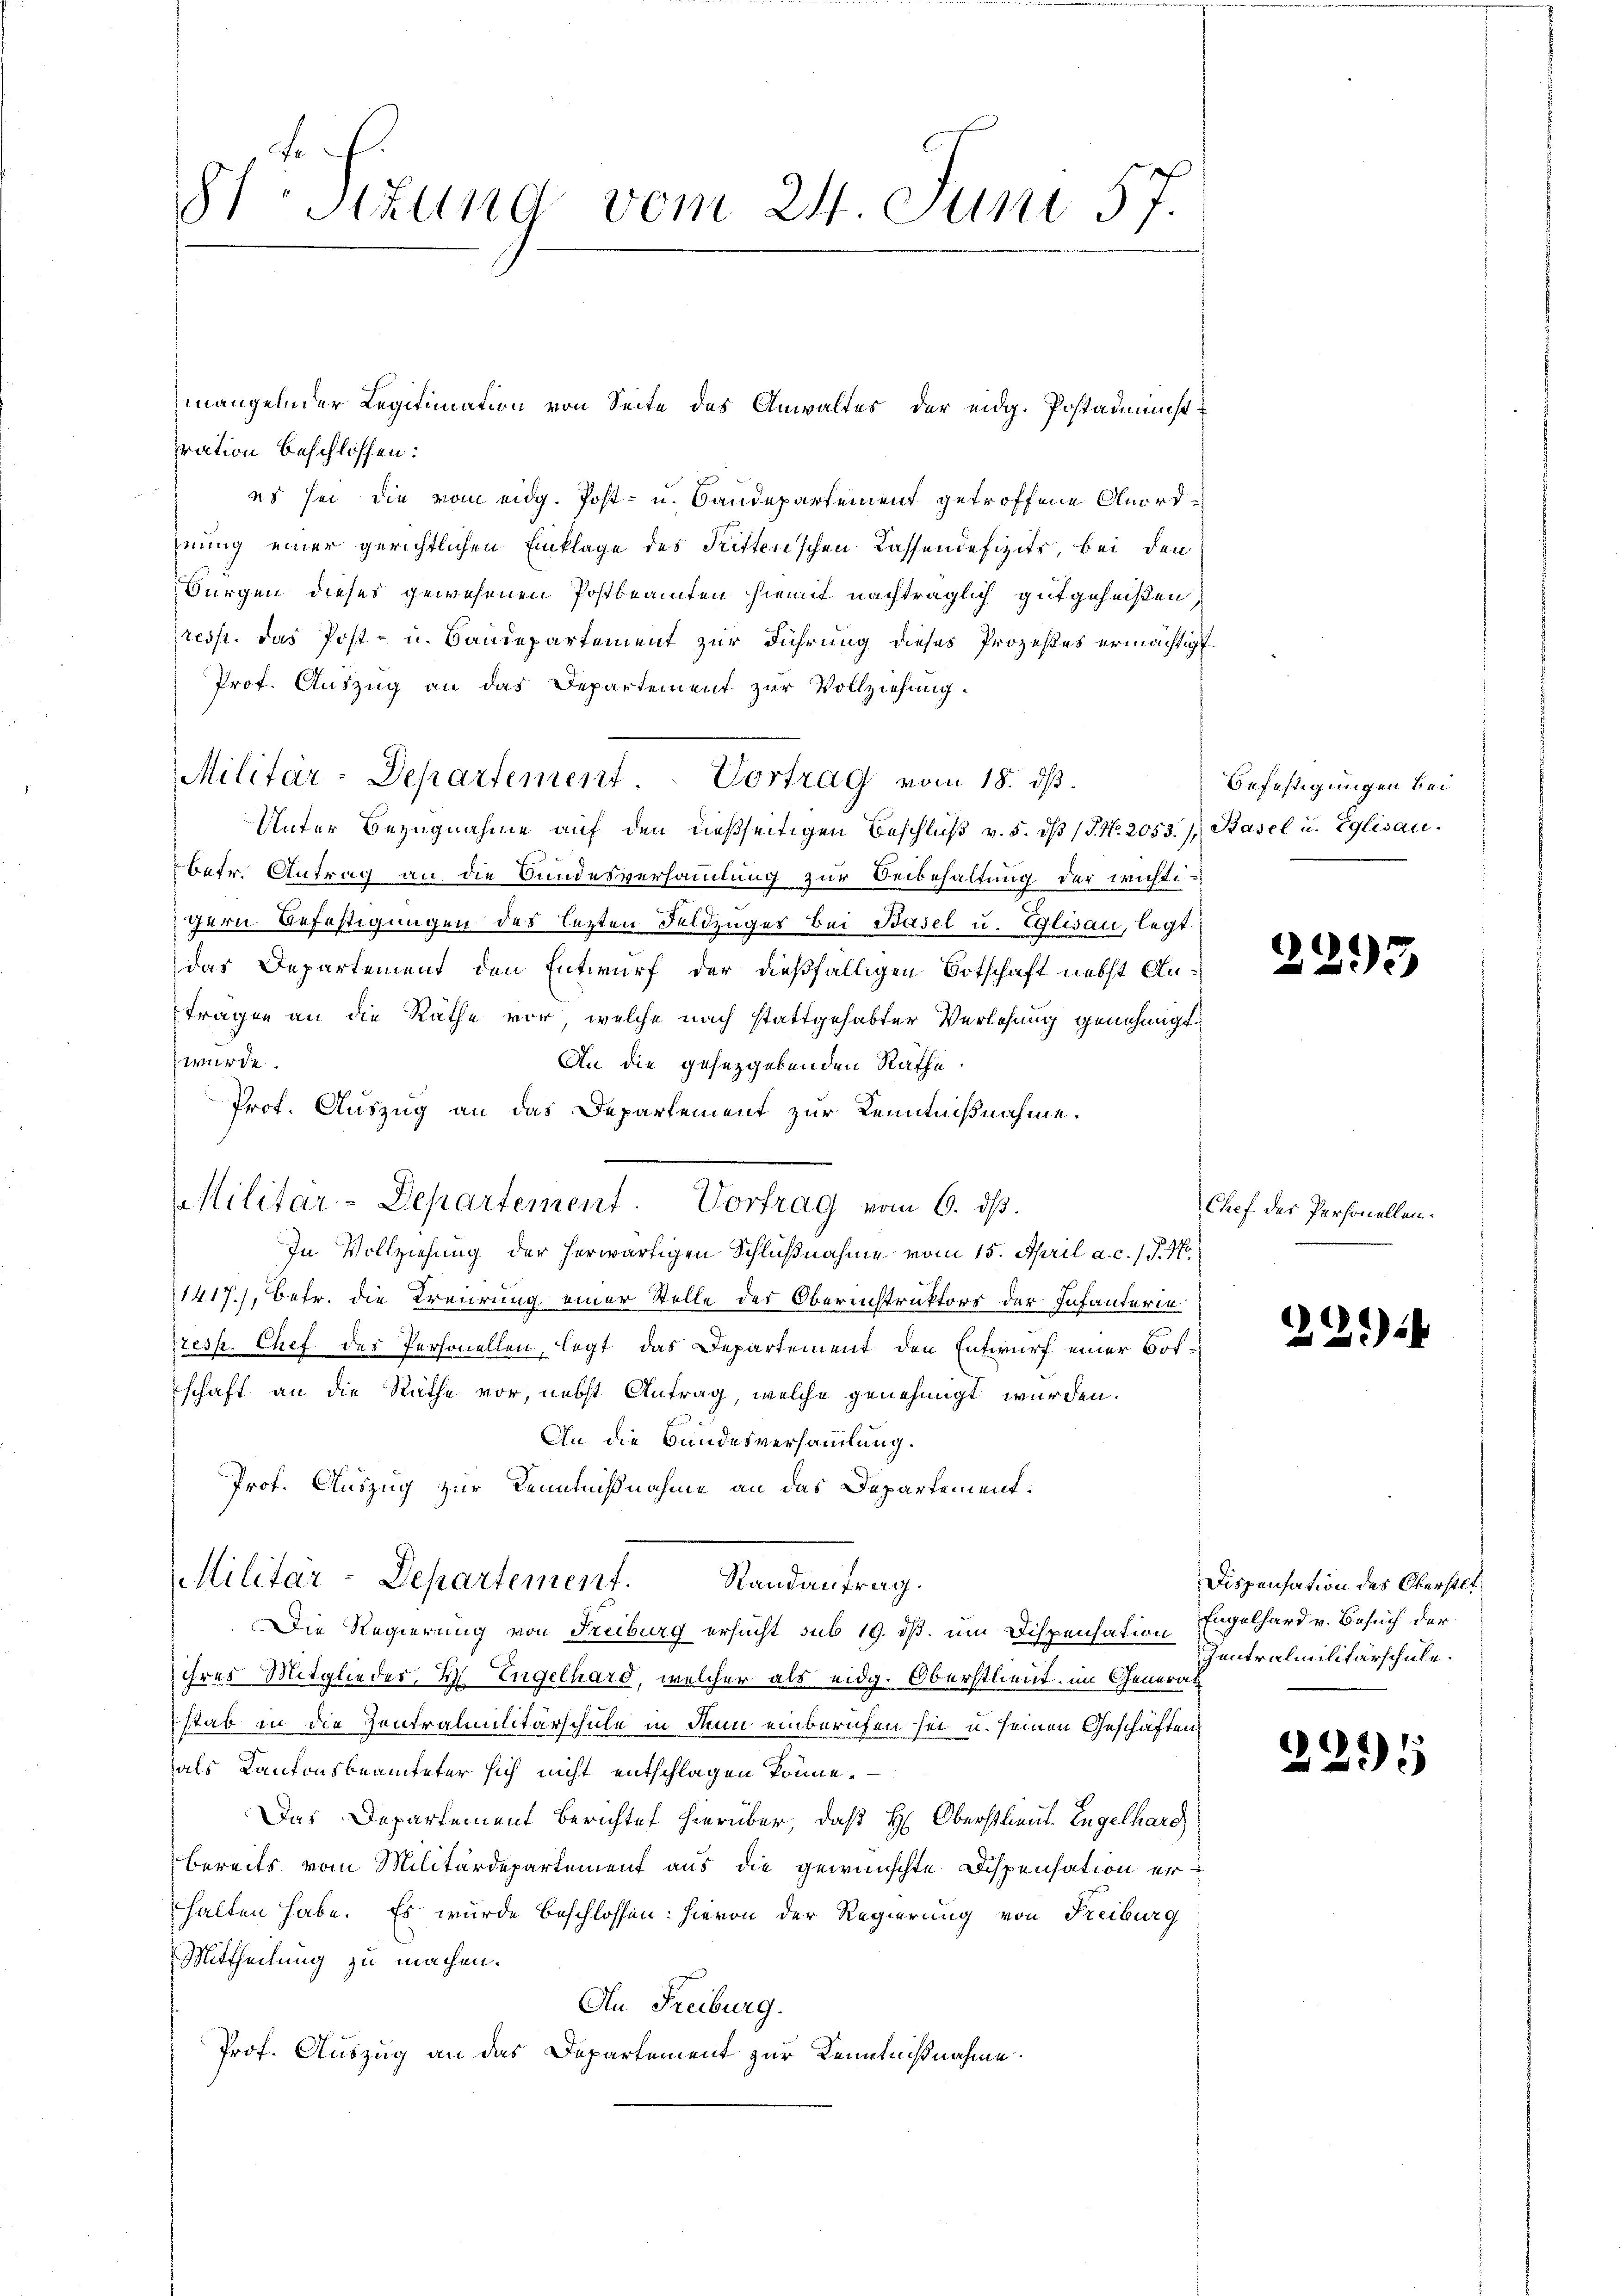
Stzung vom 24. Juni 57.

ration beschlossen:
es sei die vom eidg. Post- u. Bandepartement getroffene Anordhnung einer gerichtlichen Einklage des Trittenschen Cassendefizits, bei den
Bürgen dieses gewesenen Postbeamten hiemit nachträglich gutgeheißen,
resst. das Post- u. Baudepartement zur Führung dieses Prozeßes ermächtigt.
Prof. Auszug an das Departement zur Vollziehung.
Unter Bezŭgnahme aŭf den dießseitigen Beschlŭβ v. 5. dβ (T. No. 2053.) Basel u. Eglisau.
betr. Antrag an die Bundesversamlung zur Beibehaltung der wichtigern Beföstigungen des lezten Feldzuges bei Basel u. Eglisau, legt
das Departement den Entwurf der dießfälligen Botschaft nebst Antragen an die Rathe vor, welche nach stattgehabter Verlesung genehmigt
wurde.
An die gesetzgebenden Räthe.
Prof. Auszug an das Departement zur Kenntnißnahme.
In Vollziehung der herwärtigen Schlußnahme vom 15. April a. c. l. J. 17
1417), betr. die Treuerung einer Stelle der Oberichtruktors der Infanterie
resp. Chef des Personellen, legt, das Departement den Entwurf einer Botschaft an die Räthe vor, nebst Antrag, welche genehmigt wurden.
An die Bundesversammlung.
Prof. Auszug zur Kenntnißnahme an das Departement:
Militar-Departement.
Randantrag.
Die Regierung von Freiburg ersucht sub 19. ds. um Dispensation Engelhard v. Besuch der
ihres Mitglieder, 4. Engelhard, welcher als eidg. Oberstlieut. im General
stab in die Zentralmlitärschule in denn einberichen sei u. seinen Geschäften
als Kantonsbeamteter sich nicht entschlagen könne.
Das Departement berichtet hierüber, daß H: Oberstlieut. Engelhard
bereits vom Militärdepartement aus die gewünschte Dispensation er
halten habe. Es wurde beschlossen: hievon der Regierung von Freiburg
Mittheilung zu machen.
An Freiburg.
Prof. Auszug an das Departement zur Kenntnißnahme.

Militär-Departement. Vortrag vom 18. ds.

Militar-Departement. Vortrag vom 6. ds.

mangelnder Legitimation von Seite des Anwaltes der eidg. Postadimist

Befestigungen bei

2293

Chef der Personellen.

22

Dispensation des Oberstet
Zentralmilitärschule.

)
2